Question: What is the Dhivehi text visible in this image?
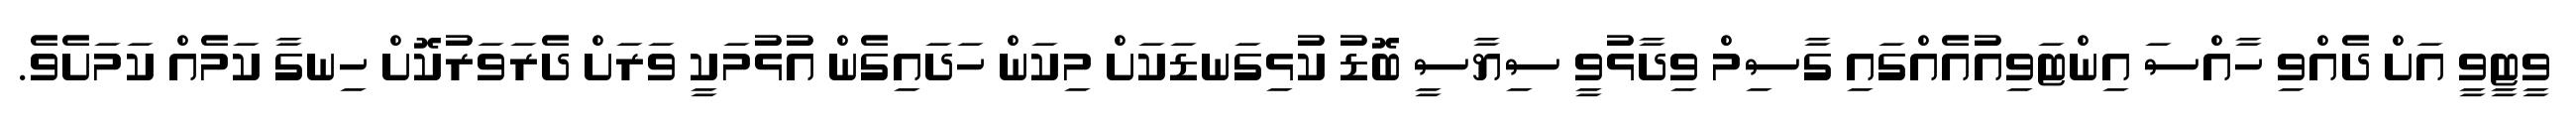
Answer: ވީޓީވީ އަށް ދެއްވި ހާއްސަ އިންޓަވިއުއެއްގައި ގާސިމް ވިދާޅުވީ ސިޔާސީ ބޮޑު ކުޅިގަނޑަކަށް މިކަން ހަދައިގެން އުޅުމަކީ ވަރަށް ދެރަވަރުކޮށް ހިނގާ ކަމެއް ކަމަށެވެ.